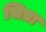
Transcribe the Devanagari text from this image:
सिप्रा